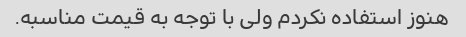
هنوز استفاده نکردم ولی با توجه به قیمت مناسبه.